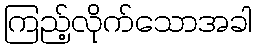
ကြည့်လိုက်သောအခါ